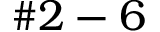
\# 2 - 6